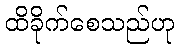
ထိခိုက်စေသည်ဟု